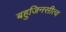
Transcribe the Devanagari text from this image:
बहुजिनसीत्व